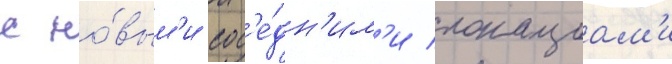
с но́вым'и сос'е́дн'им'и локациам'и